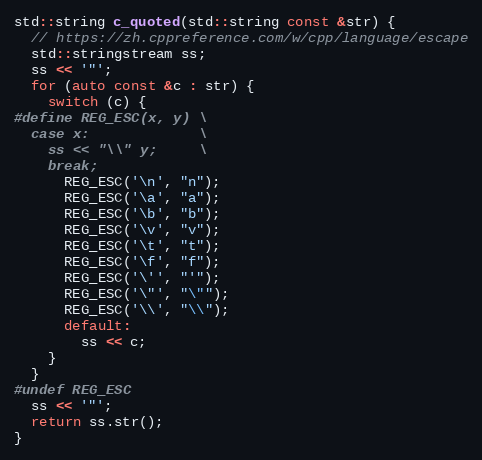
Language: C++
std::string c_quoted(std::string const &str) {
  // https://zh.cppreference.com/w/cpp/language/escape
  std::stringstream ss;
  ss << '"';
  for (auto const &c : str) {
    switch (c) {
#define REG_ESC(x, y) \
  case x:             \
    ss << "\\" y;     \
    break;
      REG_ESC('\n', "n");
      REG_ESC('\a', "a");
      REG_ESC('\b', "b");
      REG_ESC('\v', "v");
      REG_ESC('\t', "t");
      REG_ESC('\f', "f");
      REG_ESC('\'', "'");
      REG_ESC('\"', "\"");
      REG_ESC('\\', "\\");
      default:
        ss << c;
    }
  }
#undef REG_ESC
  ss << '"';
  return ss.str();
}